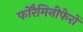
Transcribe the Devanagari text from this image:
फोरैमिनीफेरों